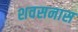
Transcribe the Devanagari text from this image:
शवसनास